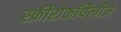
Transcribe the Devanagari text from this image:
स्फ़ीरोकॉर्पेलीज़